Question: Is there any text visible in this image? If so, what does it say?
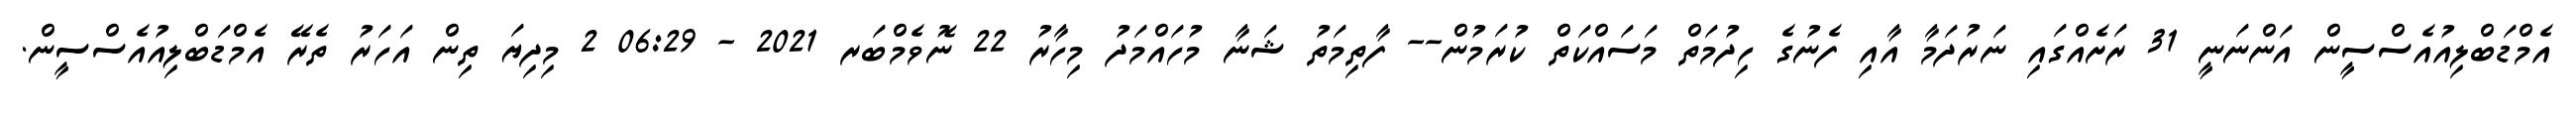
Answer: އެމްޑަބްލިއުއެސްސީން އަންނަނީ 31 ރަށެއްގައި ނަރުދަމާ އާއި ފެނުގެ ހިދުމަތް މަސައްކަތް ކުރަމުން-- ފާތިމަތު ޝަނާ މުހައްމަދު މިހާރު 22 ނޮވެމްބަރ 2021 - 06:29 2 މިދިޔަ ތިން އަހަރު ތެރޭ އެމްޑަބްލިއުއެސްސީން.